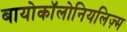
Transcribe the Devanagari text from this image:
बायोकॉलोनियलिज़्म